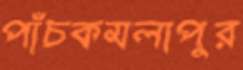
পাঁচকমলাপুর